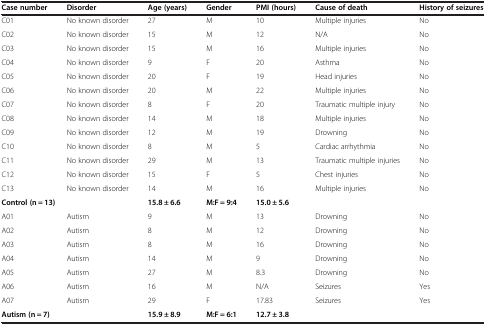
<table><thead><tr><td><b>Case number</b></td><td><b>Disorder</b></td><td><b>Age (years)</b></td><td><b>Gender</b></td><td><b>PMI (hours)</b></td><td><b>Cause of death</b></td><td><b>History of seizures</b></td></tr></thead><tbody><tr><td>C01</td><td>No known disorder</td><td>27</td><td>M</td><td>10</td><td>Multiple injuries</td><td>No</td></tr><tr><td>C02</td><td>No known disorder</td><td>15</td><td>M</td><td>12</td><td>N/A</td><td>No</td></tr><tr><td>C03</td><td>No known disorder</td><td>15</td><td>M</td><td>16</td><td>Multiple injuries</td><td>No</td></tr><tr><td>C04</td><td>No known disorder</td><td>9</td><td>F</td><td>20</td><td>Asthma</td><td>No</td></tr><tr><td>C05</td><td>No known disorder</td><td>20</td><td>F</td><td>19</td><td>Head injuries</td><td>No</td></tr><tr><td>C06</td><td>No known disorder</td><td>20</td><td>M</td><td>22</td><td>Multiple injuries</td><td>No</td></tr><tr><td>C07</td><td>No known disorder</td><td>8</td><td>F</td><td>20</td><td>Traumatic multiple injury</td><td>No</td></tr><tr><td>C08</td><td>No known disorder</td><td>14</td><td>M</td><td>18</td><td>Multiple injuries</td><td>No</td></tr><tr><td>C09</td><td>No known disorder</td><td>12</td><td>M</td><td>19</td><td>Drowning</td><td>No</td></tr><tr><td>C10</td><td>No known disorder</td><td>8</td><td>M</td><td>5</td><td>Cardiac arrhythmia</td><td>No</td></tr><tr><td>C11</td><td>No known disorder</td><td>29</td><td>M</td><td>13</td><td>Traumatic multiple injuries</td><td>No</td></tr><tr><td>C12</td><td>No known disorder</td><td>15</td><td>F</td><td>5</td><td>Chest injuries</td><td>No</td></tr><tr><td>C13</td><td>No known disorder</td><td>14</td><td>M</td><td>16</td><td>Multiple injuries</td><td>No</td></tr><tr><td colspan="2"><b>Control (n = 13)</b></td><td><b>15.8 ± 6.6</b></td><td><b>M:F = 9:4</b></td><td><b>15.0 ± 5.6</b></td><td> </td><td> </td></tr><tr><td>A01</td><td>Autism</td><td>9</td><td>M</td><td>13</td><td>Drowning</td><td>No</td></tr><tr><td>A02</td><td>Autism</td><td>8</td><td>M</td><td>12</td><td>Drowning</td><td>No</td></tr><tr><td>A03</td><td>Autism</td><td>8</td><td>M</td><td>16</td><td>Drowning</td><td>No</td></tr><tr><td>A04</td><td>Autism</td><td>14</td><td>M</td><td>9</td><td>Drowning</td><td>No</td></tr><tr><td>A05</td><td>Autism</td><td>27</td><td>M</td><td>8.3</td><td>Drowning</td><td>No</td></tr><tr><td>A06</td><td>Autism</td><td>16</td><td>M</td><td>N/A</td><td>Seizures</td><td>Yes</td></tr><tr><td>A07</td><td>Autism</td><td>29</td><td>F</td><td>17.83</td><td>Seizures</td><td>Yes</td></tr><tr><td colspan="2"><b>Autism (n = 7)</b></td><td><b>15.9 ± 8.9</b></td><td><b>M:F = 6:1</b></td><td><b>12.7 ± 3.8</b></td><td> </td><td> </td></tr></tbody></table>